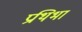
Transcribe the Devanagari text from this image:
प्रथिभा